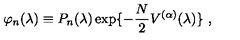
\varphi _ { n } ( \lambda ) \equiv P _ { n } ( \lambda ) \exp \{ - \frac { N } { 2 } V ^ { ( \alpha ) } ( \lambda ) \} \ ,